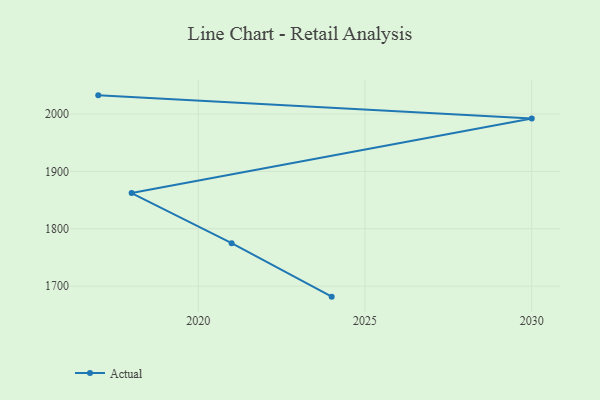
{"axis": {"x": "Year", "y": "Gross Profit (USD K)"}, "legend": ["Actual"], "data": [{"x": "2024", "y": 1681.7, "type": "Actual"}, {"x": "2021", "y": 1775.0, "type": "Actual"}, {"x": "2018", "y": 1862.2, "type": "Actual"}, {"x": "2030", "y": 1992.1, "type": "Actual"}, {"x": "2017", "y": 2032.6, "type": "Actual"}]}